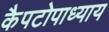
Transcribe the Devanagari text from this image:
कैपटोपाध्याय